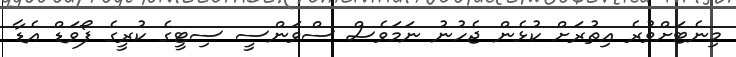
މިނެޓަށްވުރެ އިތުރަށް ކުޅެން ޖެހުނު ނަމަވެސް ސްވަންސީ ސިޓީގެ ކުރީގެ ފޯވަޑް އެޑާ